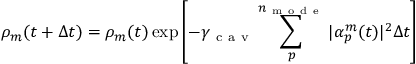
\rho _ { m } ( t + \Delta t ) = \rho _ { m } ( t ) \exp \left[ - \gamma _ { \mathrm { ~ c ~ a ~ v ~ } } \sum _ { p } ^ { n _ { \mathrm { ~ m ~ o ~ d ~ e ~ } } } | \alpha _ { p } ^ { m } ( t ) | ^ { 2 } \Delta t \right]